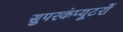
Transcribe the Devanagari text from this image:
सुपरकंप्यूटरों